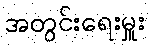
အတွင်းရေးမှူး